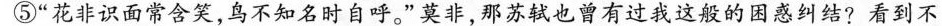
⑤”花非识面常含笑，鸟不知名时自呼。”莫非，那苏轼也曾有过我这般的困惑纠结?看到不